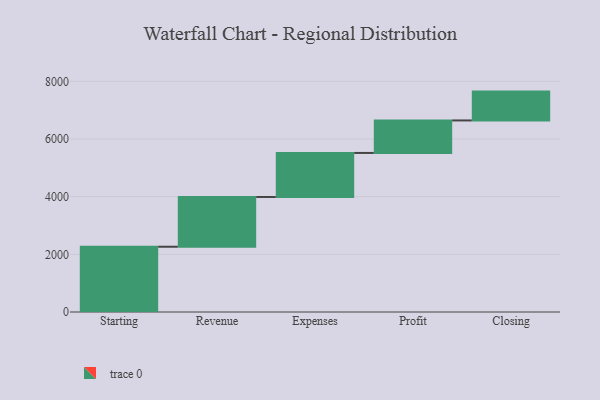
{"axis": {"x": "Step", "y": "Value"}, "legend": [""], "data": [{"x": "Starting", "y": 2263.0, "type": ""}, {"x": "Revenue", "y": 1726.0, "type": ""}, {"x": "Expenses", "y": 1527.0, "type": ""}, {"x": "Profit", "y": 1127.0, "type": ""}, {"x": "Closing", "y": 1000, "type": ""}]}